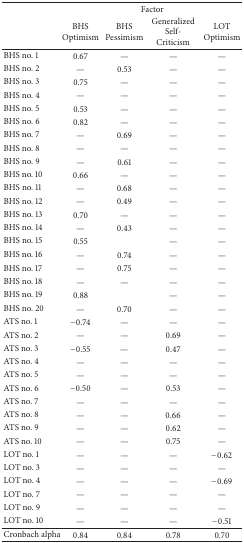
<table><thead><tr><td><b> </b></td><td colspan="4"><b>Factor</b></td></tr><tr><td><b> </b></td><td><b>BHS Optimism</b></td><td><b>BHS Pessimism</b></td><td><b>Generalized Self-Criticism</b></td><td><b>LOT Optimism</b></td></tr></thead><tbody><tr><td>BHS no. 1</td><td>0.67</td><td>—</td><td>—</td><td>—</td></tr><tr><td>BHS no. 2</td><td>—</td><td>0.53</td><td>—</td><td>—</td></tr><tr><td>BHS no. 3</td><td>0.75</td><td>—</td><td>—</td><td>—</td></tr><tr><td>BHS no. 4</td><td>—</td><td>—</td><td>—</td><td>—</td></tr><tr><td>BHS no. 5</td><td>0.53</td><td>—</td><td>—</td><td>—</td></tr><tr><td>BHS no. 6</td><td>0.82</td><td>—</td><td>—</td><td>—</td></tr><tr><td>BHS no. 7</td><td>—</td><td>0.69</td><td>—</td><td>—</td></tr><tr><td>BHS no. 8</td><td>—</td><td>—</td><td>—</td><td>—</td></tr><tr><td>BHS no. 9</td><td>—</td><td>0.61</td><td>—</td><td>—</td></tr><tr><td>BHS no. 10</td><td>0.66</td><td>—</td><td>—</td><td>—</td></tr><tr><td>BHS no. 11</td><td>—</td><td>0.68</td><td>—</td><td>—</td></tr><tr><td>BHS no. 12</td><td>—</td><td>0.49</td><td>—</td><td>—</td></tr><tr><td>BHS no. 13</td><td>0.70</td><td>—</td><td>—</td><td>—</td></tr><tr><td>BHS no. 14</td><td>—</td><td>0.43</td><td>—</td><td>—</td></tr><tr><td>BHS no. 15</td><td>0.55</td><td> </td><td>—</td><td>—</td></tr><tr><td>BHS no. 16</td><td>—</td><td>0.74</td><td>—</td><td>—</td></tr><tr><td>BHS no. 17</td><td>—</td><td>0.75</td><td>—</td><td>—</td></tr><tr><td>BHS no. 18</td><td>—</td><td>—</td><td>—</td><td>—</td></tr><tr><td>BHS no. 19</td><td>0.88</td><td> </td><td>—</td><td>—</td></tr><tr><td>BHS no. 20</td><td>—</td><td>0.70</td><td>—</td><td>—</td></tr><tr><td>ATS no. 1</td><td>−0.74</td><td>—</td><td>—</td><td>—</td></tr><tr><td>ATS no. 2</td><td>—</td><td>—</td><td>0.69</td><td>—</td></tr><tr><td>ATS no. 3</td><td>−0.55</td><td>—</td><td>0.47</td><td>—</td></tr><tr><td>ATS no. 4</td><td>—</td><td>—</td><td>—</td><td>—</td></tr><tr><td>ATS no. 5</td><td>—</td><td>—</td><td>—</td><td>—</td></tr><tr><td>ATS no. 6</td><td>−0.50</td><td>—</td><td>0.53</td><td>—</td></tr><tr><td>ATS no. 7</td><td>—</td><td>—</td><td>—</td><td>—</td></tr><tr><td>ATS no. 8</td><td>—</td><td>—</td><td>0.66</td><td>—</td></tr><tr><td>ATS no. 9</td><td>—</td><td>—</td><td>0.62</td><td>—</td></tr><tr><td>ATS no. 10</td><td>—</td><td>—</td><td>0.75</td><td>—</td></tr><tr><td>LOT no. 1</td><td>—</td><td>—</td><td>—</td><td>−0.62</td></tr><tr><td>LOT no. 3</td><td>—</td><td>—</td><td>—</td><td>—</td></tr><tr><td>LOT no. 4</td><td>—</td><td>—</td><td>—</td><td>−0.69</td></tr><tr><td>LOT no. 7</td><td>—</td><td>—</td><td>—</td><td>—</td></tr><tr><td>LOT no. 9</td><td>—</td><td>—</td><td>—</td><td>—</td></tr><tr><td>LOT no. 10</td><td>—</td><td>—</td><td>—</td><td>−0.51</td></tr><tr><td>Cronbach alpha</td><td>0.84</td><td>0.84</td><td>0.78</td><td>0.70</td></tr></tbody></table>